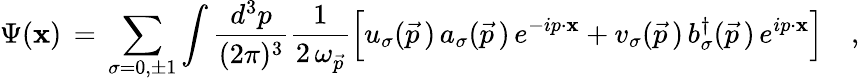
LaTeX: \Psi(\mathbf{x})\, =\, \sum_{\sigma=0,\pm1}\int{\frac{{d^{3}p}}{{(2\pi)^{3}}}}{\frac{{1}}{{2\, \omega_{\vec{{p}}}}}}\Big[u_{\sigma}(\vec{{p}}\, )\, a_{\sigma}(\vec{{p}}\, )\, e^{-ip\cdot\mathbf{x}}+v_{\sigma}(\vec{{p}}\, )\, b_{\sigma}^{\dagger}(\vec{{p}}\, )\, e^{ip\cdot\mathbf{x}}\Bigr]\quad,